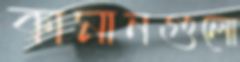
কামানগুলো